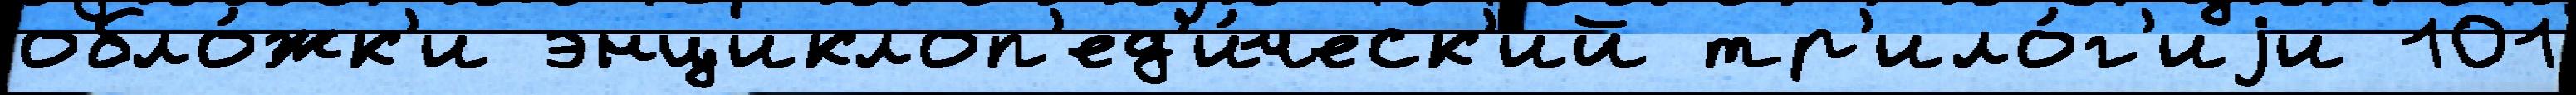
обло́жк'и энциклоп'ед'и́ческ'ий тр'ило́г'иjи 101